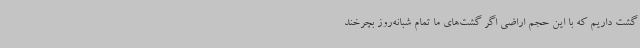
گشت داریم که با این‌ حجم ‌اراضی اگر گشت‌های ما تمام شبانه‌روز بچرخند